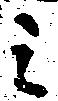
之